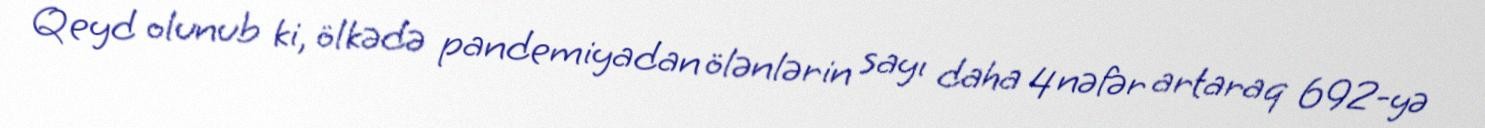
Qeyd olunub ki, ölkədə pandemiyadan ölənlərin sayı daha 4 nəfər artaraq 692-yə